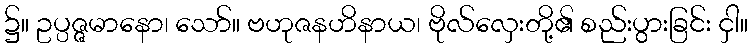
၌။ ဥပ္ပဇ္ဇမာနော၊ သော်။ ဗဟုဇနဟိနာယ၊ ဗိုလ်လှေးတို့၏ စည်းပွားခြင်း ငှါ။